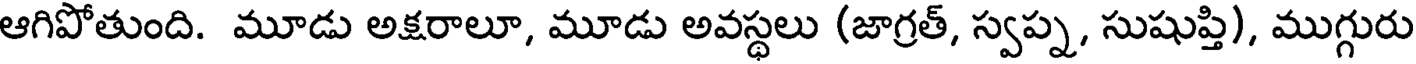
ఆగిపోతుంది. మూడు అక్షరాలూ, మూడు అవస్థలు (జాగ్రత్, స్వప్న, సుషుప్తి), ముగ్గురు